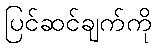
ပြင်ဆင်ချက်ကို